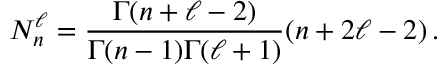
N _ { n } ^ { \ell } = \frac { \Gamma ( n + \ell - 2 ) } { \Gamma ( n - 1 ) \Gamma ( \ell + 1 ) } ( n + 2 \ell - 2 ) \, .